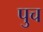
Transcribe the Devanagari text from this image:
पुच